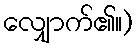
လျှောက်၏။)